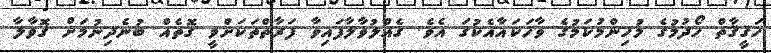
ހަޤީޤާތް ހޯދުމުގެ މުހިންމުކަމުގެ ވާހަކައާއެކުގަ އެވެ. ގެއްލުވާލާފައިވާ ފަރާތްތަކަށްވީ ގޮތެއް ބުނެދިނުމަށް ގޮވާލާ